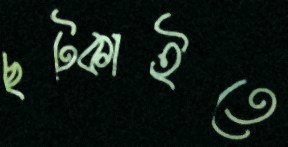
ছট্‌কাইতে